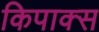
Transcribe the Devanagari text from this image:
किपाक्स